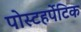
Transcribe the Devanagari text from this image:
पोस्टहर्पेटिक